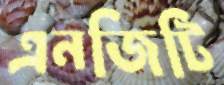
এনজিটি